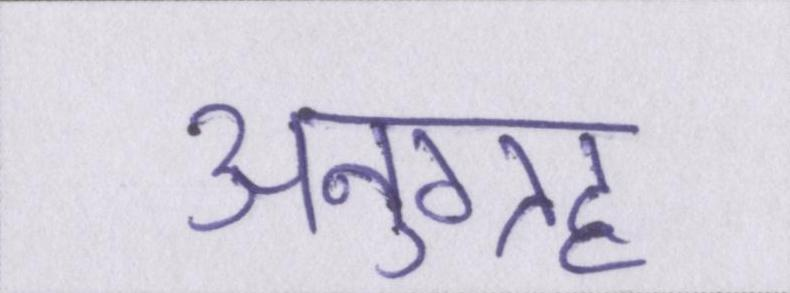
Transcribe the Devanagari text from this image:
अनुग्रह